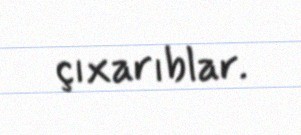
çıxarıblar.